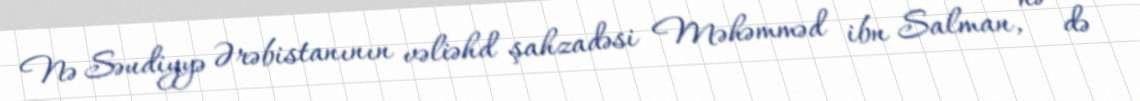
Nə Səudiyyə Ərəbistanının vəliəhd şahzadəsi Məhəmməd ibn Salman, nə də